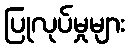
ပြုလုပ်မှုများ